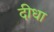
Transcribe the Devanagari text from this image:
दीधा